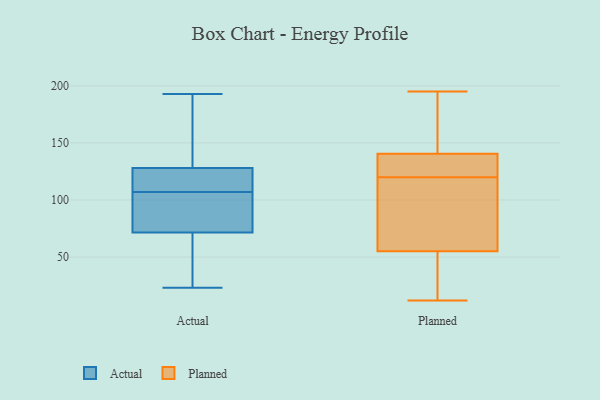
{"axis": {"x": "Customer Acquisition Cost (USD)", "y": "Value"}, "legend": ["Actual", "Planned"], "data": [{"x": "", "y": 107, "type": "Actual"}, {"x": "", "y": 48, "type": "Actual"}, {"x": "", "y": 182, "type": "Actual"}, {"x": "", "y": 155, "type": "Actual"}, {"x": "", "y": 124, "type": "Actual"}, {"x": "", "y": 23, "type": "Actual"}, {"x": "", "y": 124, "type": "Actual"}, {"x": "", "y": 193, "type": "Actual"}, {"x": "", "y": 70, "type": "Actual"}, {"x": "", "y": 113, "type": "Actual"}, {"x": "", "y": 72, "type": "Actual"}, {"x": "", "y": 75, "type": "Actual"}, {"x": "", "y": 114, "type": "Actual"}, {"x": "", "y": 140, "type": "Actual"}, {"x": "", "y": 73, "type": "Actual"}, {"x": "", "y": 45, "type": "Actual"}, {"x": "", "y": 90, "type": "Actual"}, {"x": "", "y": 148, "type": "Planned"}, {"x": "", "y": 12, "type": "Planned"}, {"x": "", "y": 86, "type": "Planned"}, {"x": "", "y": 124, "type": "Planned"}, {"x": "", "y": 154, "type": "Planned"}, {"x": "", "y": 65, "type": "Planned"}, {"x": "", "y": 125, "type": "Planned"}, {"x": "", "y": 133, "type": "Planned"}, {"x": "", "y": 130, "type": "Planned"}, {"x": "", "y": 116, "type": "Planned"}, {"x": "", "y": 113, "type": "Planned"}, {"x": "", "y": 195, "type": "Planned"}, {"x": "", "y": 45, "type": "Planned"}, {"x": "", "y": 27, "type": "Planned"}, {"x": "", "y": 22, "type": "Planned"}, {"x": "", "y": 195, "type": "Planned"}]}